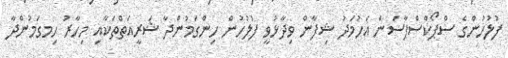
ފުލުހުންގެ ސްޕޯކްސްޕާސަން އަހުމަަދު ޝިފާން ވިދާޅުވީ ފުލުހުން ހިންގަމުންދާ ޝަރީއަތްތަކާއި މިހާރު ހިމގަމުންދާ